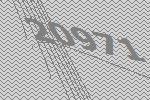
20971